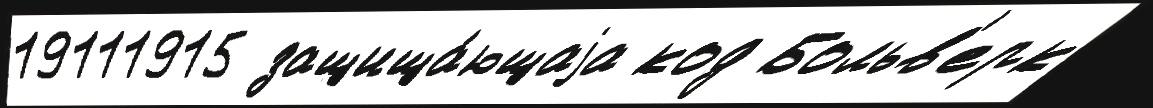
19111915 защища́ющаjа код Больв'ерк